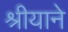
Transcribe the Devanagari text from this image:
श्रीयाने